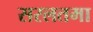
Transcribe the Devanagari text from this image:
सरलतमा